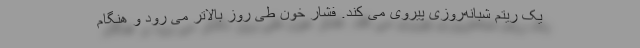
یک ریتم شبانه‌روزی پیروی می کند. فشار خون طی روز بالاتر می رود و هنگام